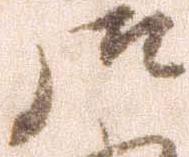
御